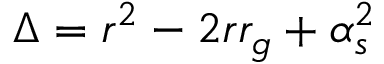
\Delta = r ^ { 2 } - 2 r r _ { g } + \alpha _ { s } ^ { 2 }